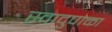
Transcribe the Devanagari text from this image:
स्वादुपाका